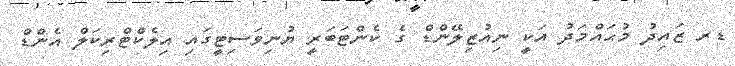
ޑރ ޒައިދު މުޙައްމަދު އަކީ ނިއުޒިލޭންޑް ގެ ކެންޓަބަރީ ޔުނިވަސިޓީގައި އިލެކްޓްރިކަލް އެންޑް